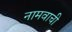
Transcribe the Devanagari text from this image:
नामवाची